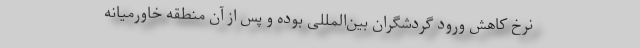
نرخ کاهش ورود گردشگران بین‌المللی بوده و پس از آن منطقه خاورمیانه